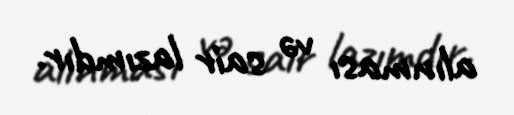
alınması və sair lazımdır.